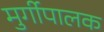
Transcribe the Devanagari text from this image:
मुर्गीपालक